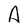
Character: A